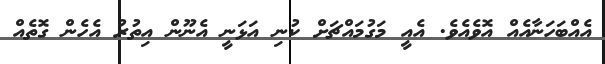
އެއްބަހަނާއެއް އޮވެއެވެ. އެއީ މަގުމައްޗަށް ކުނި އަޅަނީ އެނޫން އިތުރު އެހެން ގޮތެއް